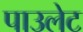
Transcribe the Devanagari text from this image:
पाउलेट